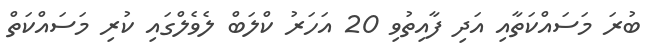
ބުރަ މަސައްކަތާއި އަދި ފާއިތުވި 20 އަހަރު ކްލަބް ލެވެލްގައި ކުރި މަސައްކަތް